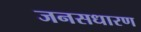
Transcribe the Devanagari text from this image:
जनसधारण